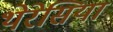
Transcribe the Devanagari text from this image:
थेरेसिया